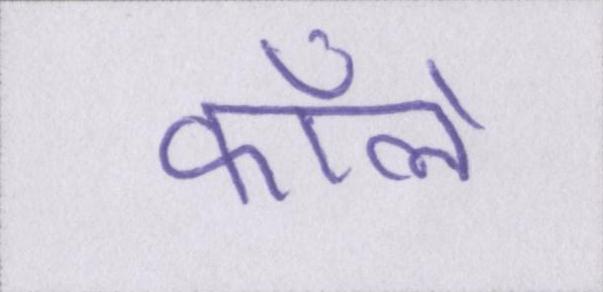
कॉलें